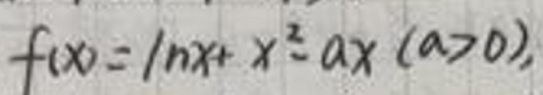
\[
f(x)=\ln x + x^{2}-ax\ (a > 0),
\]